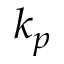
k _ { p }